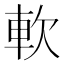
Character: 軟